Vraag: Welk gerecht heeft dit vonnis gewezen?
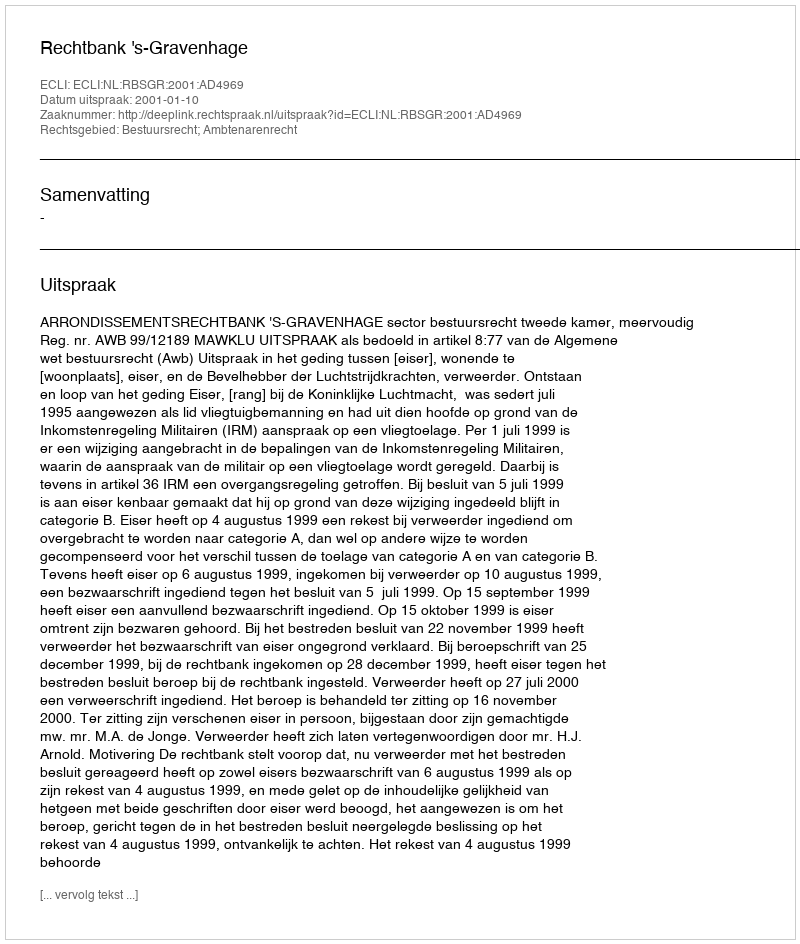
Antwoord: Rechtbank 's-Gravenhage